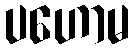
ပဟောမ